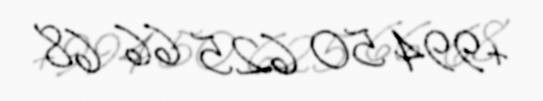
+994 50 625 66 68